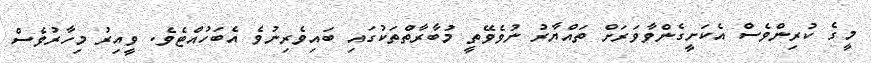
މީގެ ކުރިންވެސް އެކަށީގެންވާވަރަށް ތައްޔާރު ނުވެވޭތީ މުބާރާތްތަކުގައި ބައިވެރިނުވެ އެބަހުއްޓެވެ. ވީއިރު މިހާރުވެސް